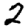
Digit: 2